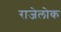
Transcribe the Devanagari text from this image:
राजेलोक